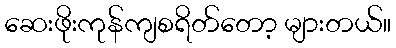
ဆေးဖိုးကုန်ကျစရိတ်တော့ များတယ်။